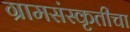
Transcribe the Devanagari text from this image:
ग्रामसंस्कृतीचा